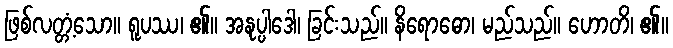
ဖြစ်လတ္တံ့သော။ ရူပဿ၊ ၏။ အနုပ္ပါဒေါ၊ ခြင်းသည်။ နိရောဓော၊ မည်သည်။ ဟောတိ၊ ၏။